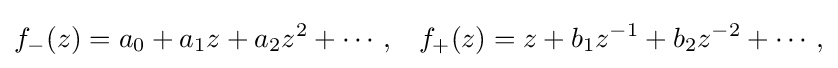
\displaystyle {f_{-}(z)=a_{0}+a_{1}z+a_{2}z^{2}+\cdots ,\,\,\,\,\,f_{+}(z)=z+b_{1}z^{-1}+b_{2}z^{-2}+\cdots ,}